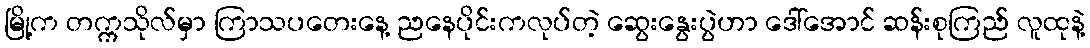
မြို့က တက္ကသိုလ်မှာ ကြာသပတေးနေ့ ညနေပိုင်းကလုပ်တဲ့ ဆွေးနွေးပွဲဟာ ဒေါ်အောင် ဆန်းစုကြည် လူထုနဲ့